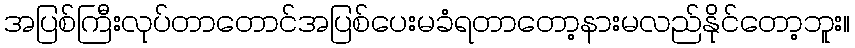
အပြစ်ကြီးလုပ်တာတောင်အပြစ်ပေးမခံရတာတော့နားမလည်နိုင်တော့ဘူး။